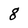
Character: g